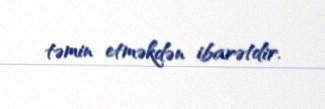
təmin etməkdən ibarətdir.